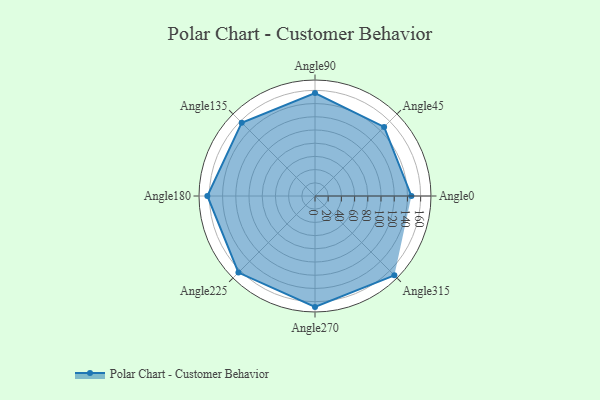
{"axis": {"x": "Angle", "y": "Radius"}, "legend": [""], "data": [{"x": "Angle0", "y": 146.0, "type": ""}, {"x": "Angle45", "y": 148.0, "type": ""}, {"x": "Angle90", "y": 156.0, "type": ""}, {"x": "Angle135", "y": 157.0, "type": ""}, {"x": "Angle180", "y": 163.0, "type": ""}, {"x": "Angle225", "y": 164.0, "type": ""}, {"x": "Angle270", "y": 168.0, "type": ""}, {"x": "Angle315", "y": 170, "type": ""}]}